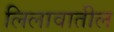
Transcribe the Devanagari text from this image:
लिलावातील